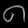
Digit: ၈